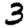
Digit: 3